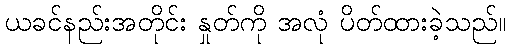
ယခင်နည်းအတိုင်း နှုတ်ကို အလုံ ပိတ်ထားခဲ့သည်။